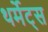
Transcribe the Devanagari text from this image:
थर्मेट्स